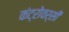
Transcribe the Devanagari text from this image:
कंट्रोवर्सी